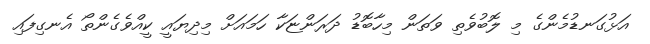
އަޅުގަނޑުމެންގެ މި ލޮބުވެތި ވަތަން މިހާބޮޑު ދަރަންޏަކާ ހަމައަށް މިދިޔައީ ކީއްވެގެންތޯ އެނގިފައި